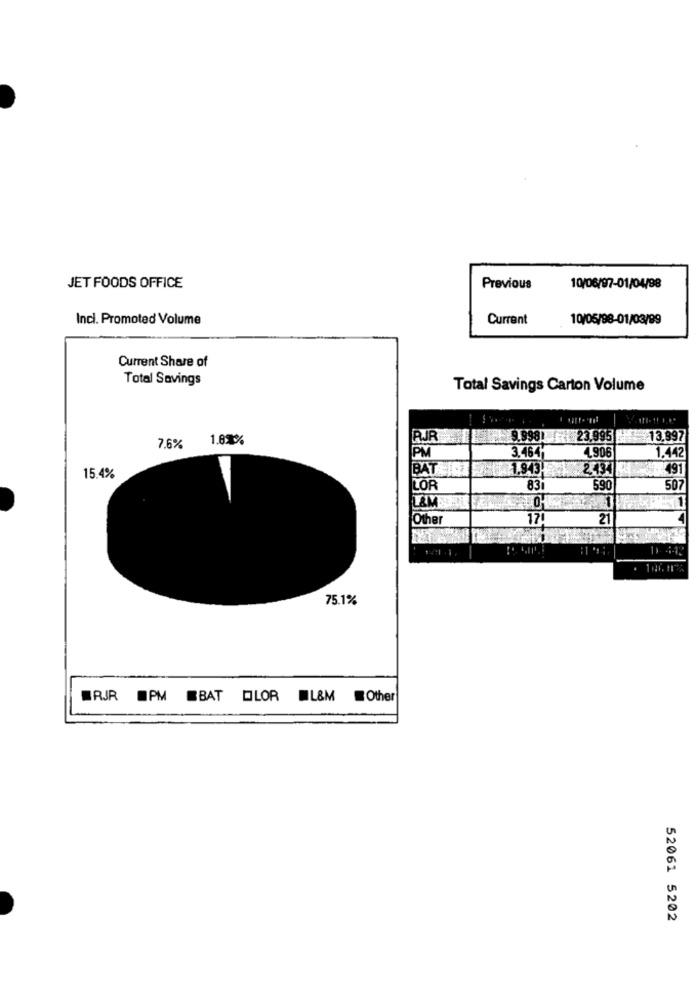
JET FOODS OFFICE
Previous
10/06/97-01/04/98
Inci. Promoted Volume
Current
10/05/98-01/03/99
Current Share of
Total Savings
Total Savings Carton Volume
1.83%
RJR
9.998
23.995
13.897
7.6%
PM
3.464H
4906
1.442
BAT
1,943.
2.434
491
15.4%
LOR
83
590
507
EM
Other
170
21
1. 442
75.1%
ERJR PM EBAT OLOR L&M
Other
52061 5202